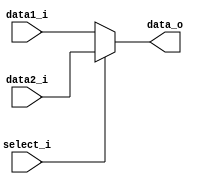
module MUX32
(
	data1_i,
	data2_i,
	select_i,
	data_o
);

input  [31 : 0] data1_i; // register
input  [31 : 0] data2_i; // sign extend
input           select_i;
output [31 : 0] data_o;

assign data_o = (select_i == 1'b0)? data1_i : data2_i;

endmodule